Civil Veterinary Dept. North-West Frontier Province 1933-46 - 1933-1946
Year: 1933
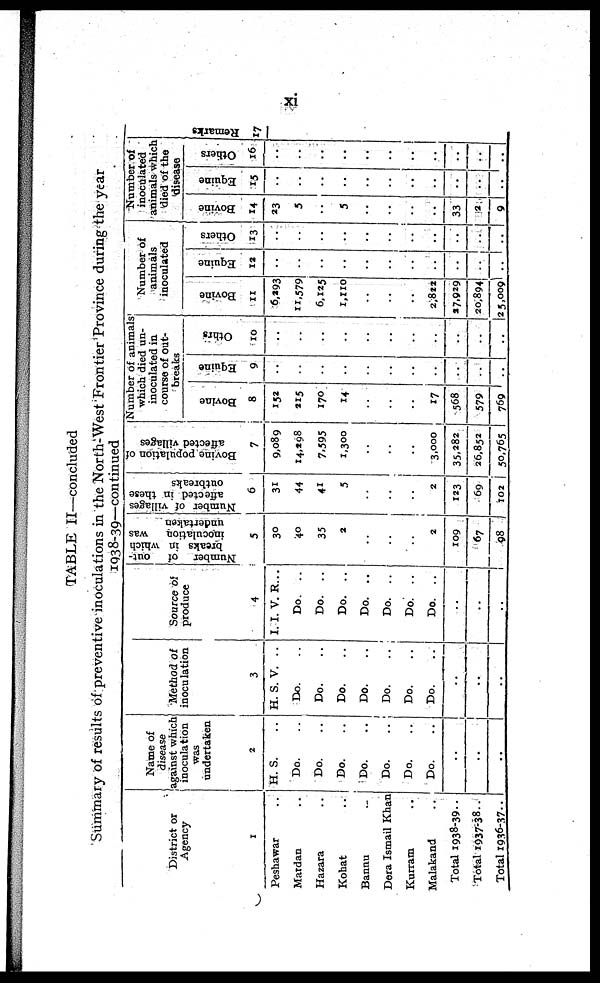
xi
TABLE II—concluded
Summary of results of preventive inoculations in the North-West Frontier Province during the year
1938-39—continued
District or
Agency
1
Peshawar ..
Mardan ..
Hazara ..
Kohat ..
Bannu ..
Dera Ismail Khan
Kurram ..
Malakand ..
Total 1938-39..
Total 1937-38 ..
Total 1936-37 ..
Name of
disease
against which
inoculation
was
undertaken
2
H. S. ..
Do. ..
Do. ..
Do. ..
Do. ..
Do. ..
Do. ..
Do. ..
..
..
..
Method of
inoculation
3
H. S. V. ..
Do. ..
Do. ..
Do. ..
Do. ..
Do. ..
Do. ..
Do. ..
..
..
..
Source of
produce
4
I. I. V. R...
Do.
..
Do.
..
Do.
..
Do. ..
Do.
..
Do.
..
Do. ..
..
..
..
Number of
out-
breaks in which
inoculation
was
undertaken
5
30
40
35
2
..
..
..
2
109
67
98
Number of villages
affected in these
outbreaks
6
31
44
41
5
..
..
..
2
123
69
102
Bovine population of
affected villages
7
9,089
14,298
7,595
1,300
..
..
..
3,000
35,282
26,852
50,765
Number of animals
which died un-
inoculated in
course of out-
breaks
Bovine
8
152
215
170
14
..
..
..
17
568
579
769
Equine
9
..
..
..
..
..
..
..
..
..
..
..
Others
10
..
..
..
..
..
..
..
..
..
..
..
Number of
animals
inoculated.
Bovi ne
11
6,293
11,579
6,125
1,110
..
..
..
2,822
27,929
20,894
25,009
Equine
12
..
..
..
..
..
..
..
..
..
..
..
Ot her s
13
..
..
..
..
..
..
..
..
..
..
..
Number of
inoculated
animals which
died of the
disease.
Bovine
14
23
5
..
5
..
..
..
..
33
2
9
Equine
15
..
..
..
..
..
..
..
..
..
..
..
Others
16
..
..
..
..
..
..
..
..
..
..
..
Re ma r
ks .
17